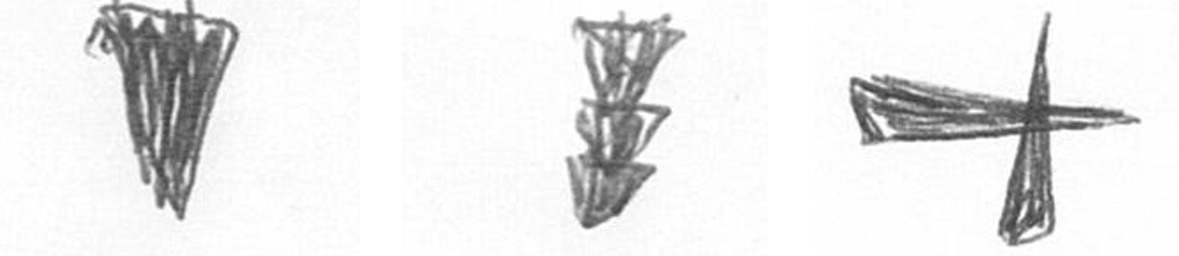
J E G